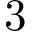
3